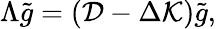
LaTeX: \Lambda\tilde{g}=\left({\cal D}-\Delta{\cal K}\right)\tilde{g},